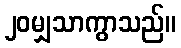
၂၀မျှသာကွာသည်။